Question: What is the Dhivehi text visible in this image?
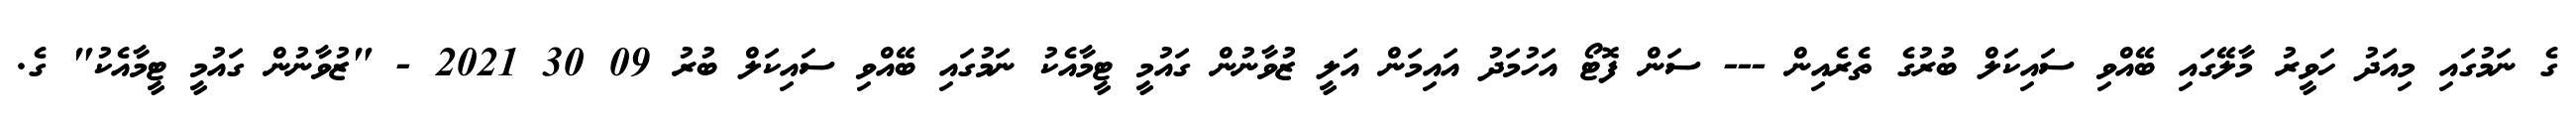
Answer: ގެ ނަމުގައި މިއަދު ހަވީރު މާލޭގައި ބޭއްވި ސައިކަލް ބުރުގެ ތެރެއިން --- ސަން ފޮޓޯ އަހުމަދު އައިމަން އަލީ ޒުވާނުން ގައުމީ ޓީމާއެކު ނަމުގައި ބޭއްވި ސައިކަލް ބުރު 09 30 2021 - "ޒުވާނުން ގައުމީ ޓީމާއެކު" ގެ.